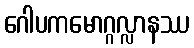
ဂေါပကမောဂ္ဂလ္လာနဿ